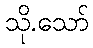
သို.သော်